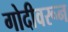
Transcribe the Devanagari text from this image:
गोदीवरून